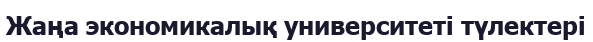
Жаңа экономикалық университеті түлектері